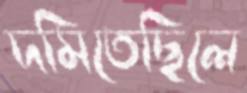
দমিতেছিলে